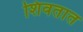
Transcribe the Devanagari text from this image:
शिवतात